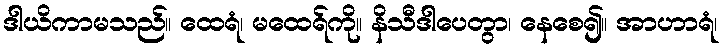
ဒါယိကာမသည်။ ထေရံ၊ မထေရ်ကို။ နိသီဒါပေတွာ၊ နေစေ၍။ အာဟာရံ၊